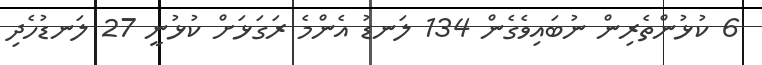
6 ކުޅުންތެރިން ނުބައިވެގެން 134 ލަނޑު އެންމެ ރަގަޅަށް ކުޅުނީ 27 ލަނޑުހެދި